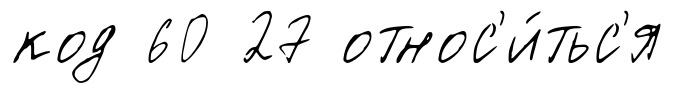
код 60 27 относ'и́тьс'я